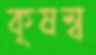
কৃষম্ব